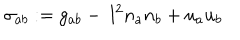
\sigma _ { a b } : = g _ { a b } - ~ l ^ { 2 } n _ { a } n _ { b } + u _ { a } u _ { b }